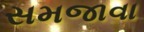
સમજાવા